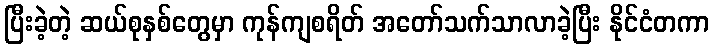
ပြီးခဲ့တဲ့ ဆယ်စုနှစ်တွေမှာ ကုန်ကျစရိတ် အတော်သက်သာလာခဲ့ပြီး နိုင်ငံတကာ